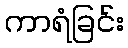
ကာရံခြင်း